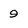
Character: 9